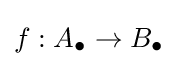
f:A_{\bullet }\to B_{\bullet }